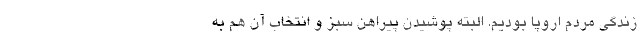
زندگی مردم اروپا بودیم. البته پوشیدن پیراهن سبز و انتخاب آن هم به